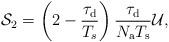
LaTeX: \begin{align*}\mathcal{S}_2=\left(2-\frac{\tau_{\rm d}}{T_s}\right)\frac{\tau_{\rm d}}{N_{\rm a}T_{\rm s}}\mathcal{U},\end{align*}